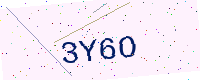
Text: 3Y6O